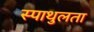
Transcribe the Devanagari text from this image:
स्पाथुलता